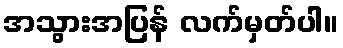
အသွားအပြန် လက်မှတ်ပါ။